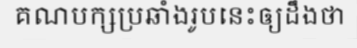
គណបក្សប្រឆាំងរូបនេះឲ្យដឹងថា